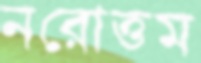
নরোত্তম